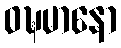
ဝဍ္ဎမာနော